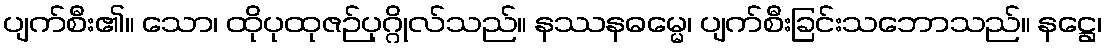
ပျက်စီး၏။ သော၊ ထိုပုထုဇဉ်ပုဂ္ဂိုလ်သည်။ နဿနဓမ္မေ၊ ပျက်စီးခြင်းသဘောသည်။ နဋ္ဌေ၊